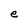
Character: e